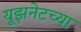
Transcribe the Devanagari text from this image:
यूझनेटच्या